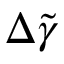
\Delta \tilde { \gamma }